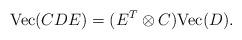
LaTeX: \begin{align*}\textrm{Vec}(CDE)=(E^T\otimes C)\textrm{Vec}(D).\end{align*}